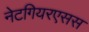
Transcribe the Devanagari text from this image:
नेटगियरएसस